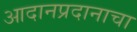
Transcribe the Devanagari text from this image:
आदानप्रदानाचा